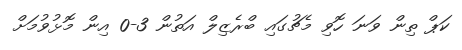
ކަޕް ތިން ވަނަ ހޮވި މެޗުގައި ބްރެޒިލް އަތުން 3-0 އިން މޮޅުވުމަށް